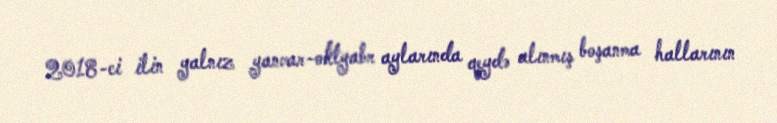
2018-ci ilin yalnız yanvar-oktyabr aylarında qeydə alınmış boşanma hallarının